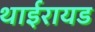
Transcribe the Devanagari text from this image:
थाईरायड